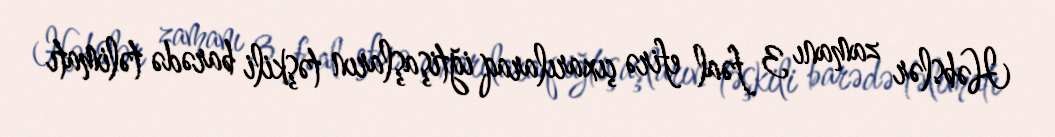
Həbslər zamanı 3 fəal efirə çıxarılaraq iğtişaşların təşkili barədə təlimatı